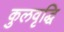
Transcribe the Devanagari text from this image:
कुलवृद्धि